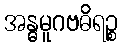
အန္ဓမူဂဗဓိရဉ္စ